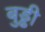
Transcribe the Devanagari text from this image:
बुड्ढी